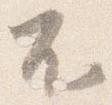
不